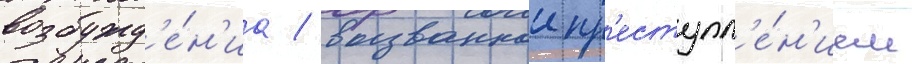
возбужд'е́н'иа / вызваннои пр'еступл'е́н'ием